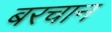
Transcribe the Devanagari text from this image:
बरचान